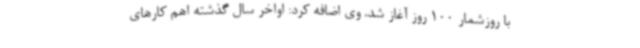
با روزشمار 100 روز آغاز شد. وی اضافه کرد: اواخر سال گذشته اهم کارهای